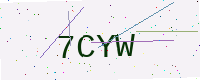
Text: 7CYW